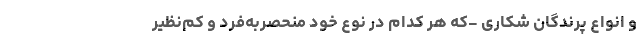
و انواع پرندگان شکاری -که هر کدام در نوع خود منحصربه‌فرد و کم‌نظیر